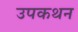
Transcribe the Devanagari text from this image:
उपकथन